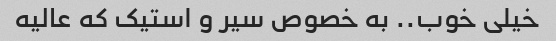
خیلی خوب.. به خصوص سیر و استیک که عالیه